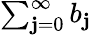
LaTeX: \textstyle\sum_{\mathbf{j}=0}^{\infty}b_{\mathbf{j}}